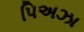
પિઅઝા